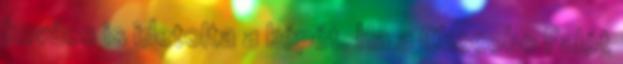
kovács is idetolta a képét. Ha a Chocobo Falót